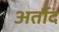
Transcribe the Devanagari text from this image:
अर्तौद